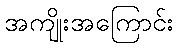
အကျိုးအကြောင်း